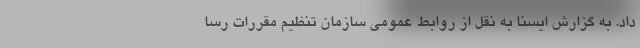
داد. به گزارش ایسنا به نقل از روابط عمومی سازمان تنظیم مقررات رسا